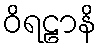
ဝိရဠာနိ